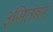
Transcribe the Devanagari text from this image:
३सितंबर